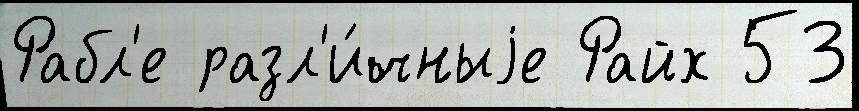
Рабл'е разл'и́чныjе Райх 53